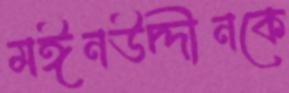
মঈনউদ্দীনকে